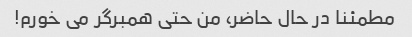
مطمئنا در حال حاضر، من حتی همبرگر می خورم!